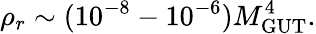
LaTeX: \rho_{r}\sim(10^{-8}-10^{-6})M_{\mathrm{GUT}}^{4}.